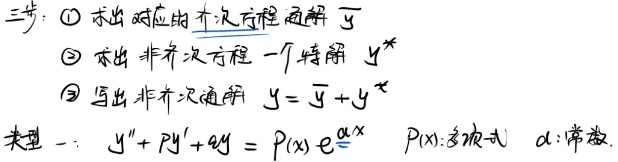
三步：
1. 求出对应的齐次方程通解 \(\overline{y}\)
2. 求出非齐次方程一个特解 \(y^{*}\)
3. 写出非齐次通解 \(y = \overline{y}+y^{*}\)

类型一：\(y'' + py' + qy = P(x)e^{\alpha x}\)，\(P(x)\)为多项式，\(\alpha\)为常数。